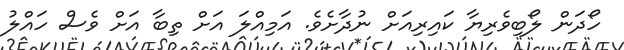
ހޯދަން ލޯބިވެރިޔާ ކައިރިއަށް ނުދާށެވެ. އަމިއްލަ އަށް ތިބާ އަށް ވެސް ހައްލު